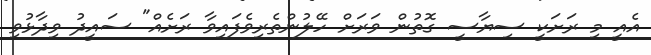
އެއީ މި ރަށަކީ ސިޔާސީ ގޮތުން ވަރަށް ހޭލުންތެރިވެފައިވާ ރަށެއް" ސައީދު ވިދާޅުވި